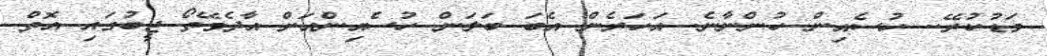
މަޑުކުރޭ.. ހުސެއިން ހުންނާނެ. އަހަރެން އެބަ ބަލަން ހުސެއިންއަށް އާދެވޭތޯ ޖީބުގައި އޮތް